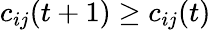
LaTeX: c_{ij}(t+1)\geq c_{ij}(t)